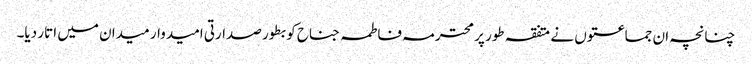
چنانچہ ان جماعتوں نے متفقہ طور پر محترمہ فاطمہ جناح کو بطور صدارتی امیدوار میدان میں اتار دیا۔